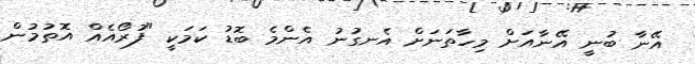
އޭނާ ބުނީ އޭނާއަށް މިހާތަނަށް އެނގުނު އެންމެ ބޮޑު ކަމަކީ "ފުރޯއެއް އޮތުމުން